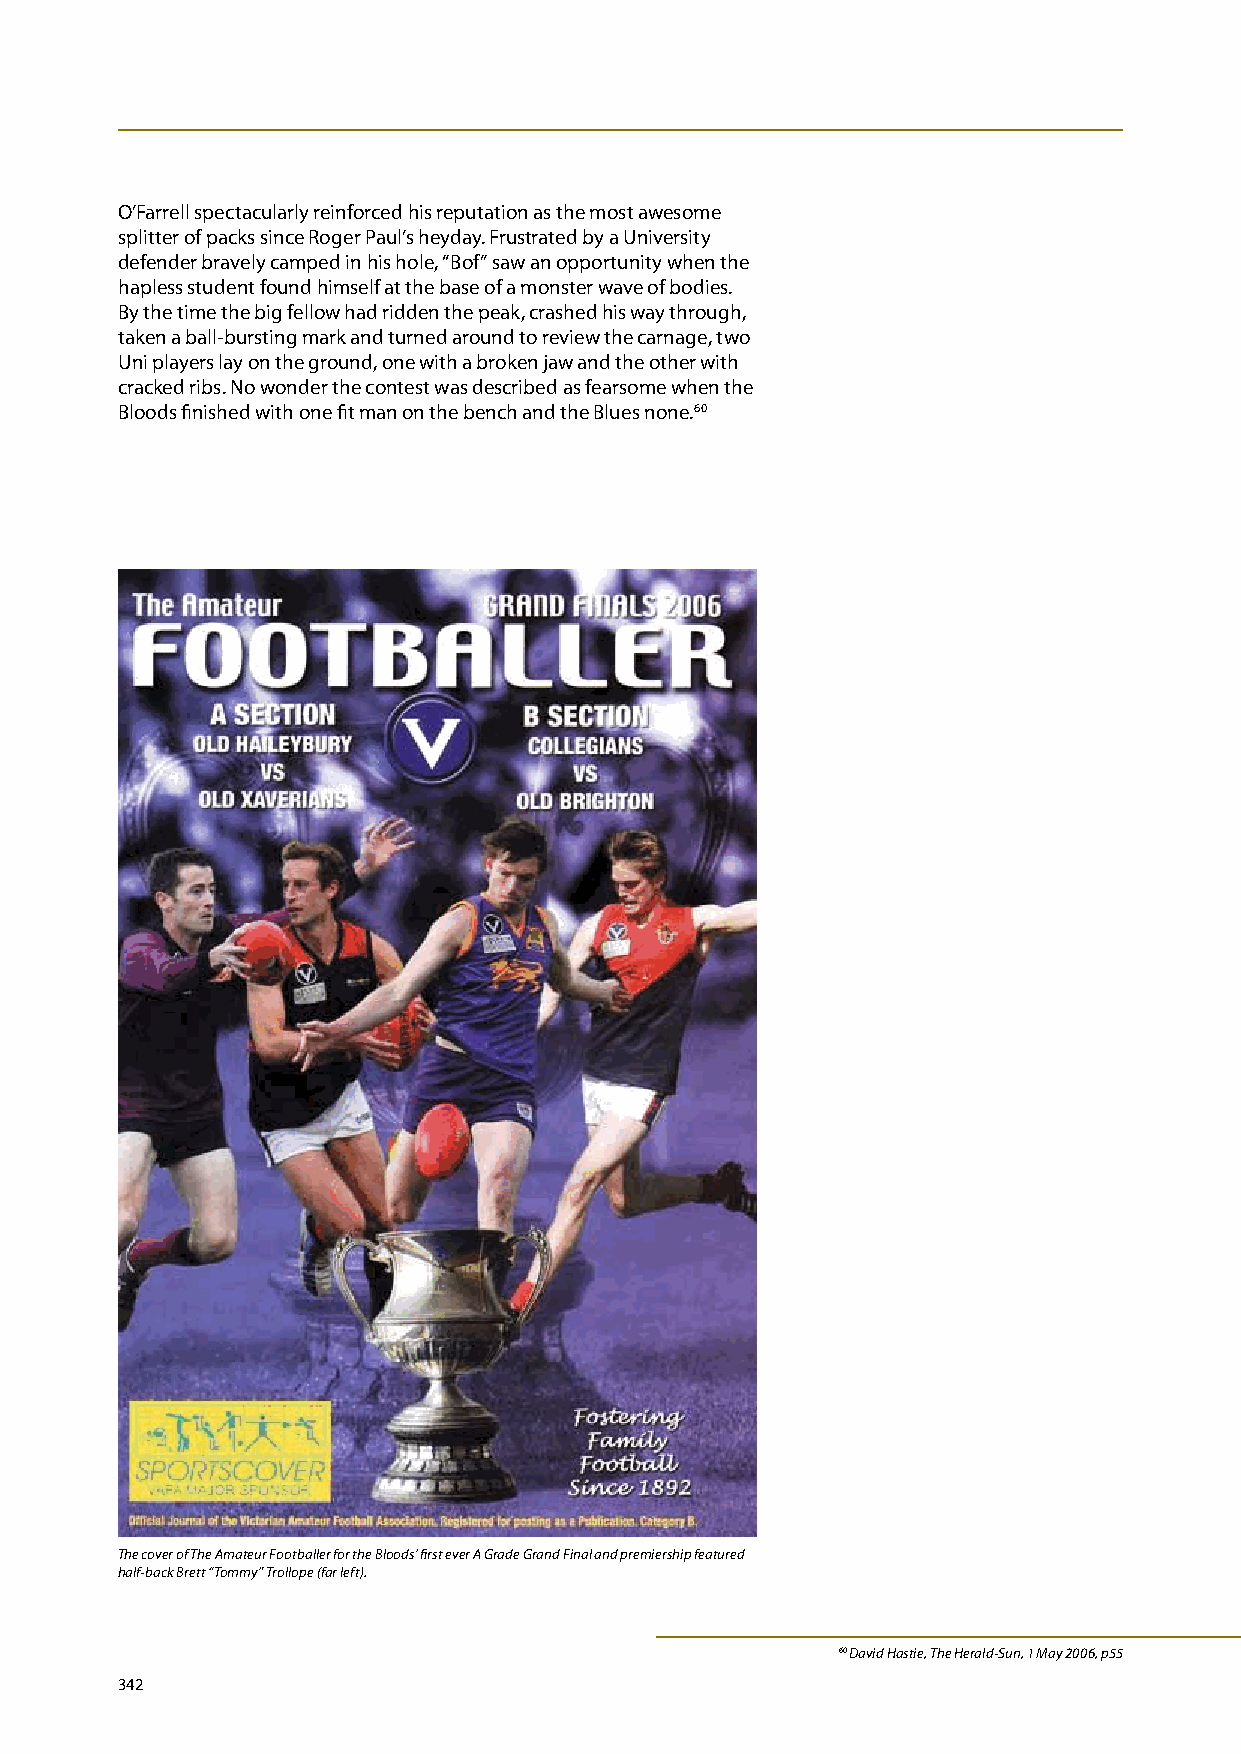
O’Farrell spectacularly reinforced his reputation as the most awesome
 splitter of packs since Roger Paul’s heyday. Frustrated by a University
 defender bravely camped in his hole, “Bof” saw an opportunity when the
 hapless student found himself at the base of a monster wave of bodies.
 By the time the big fellow had ridden the peak, crashed his way through,
 taken a ball-bursting mark and turned around to review the carnage, two
 Uni players lay on the ground, one with a broken jaw and the other with
 cracked ribs. No wonder the contest was described as fearsome when the
 Bloods finished with one fit man on the bench and the Blues none.60
 The cover of The Amateur Footballer for the Bloods’ first ever A Grade Grand Final and premiership featured
 half-back Brett “Tommy” Trollope (far left).
 60 David Hastie, The Herald-Sun, 1 May 2006, p55
 342